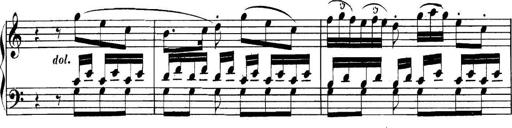
Title: Collected Piano Sonatas
Composer: Muzio Clementi